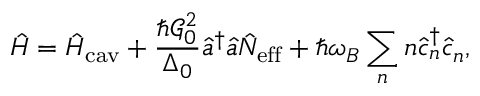
\hat { H } = \hat { H } _ { \mathrm { c a v } } + \frac { \hbar \mathcal { G } _ { 0 } ^ { 2 } } { \Delta _ { 0 } } \hat { a } ^ { \dagger } \hat { a } \hat { N } _ { \mathrm { e f f } } + \hbar \omega _ { B } \sum _ { n } n \hat { c } _ { n } ^ { \dagger } \hat { c } _ { n } ,